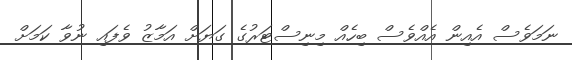
ނަމަވެސް އެއިން އެއްވެސް ބިހެއް މިނިސްޓަރުގެ ގަޔަށް އަމާޒު ވެފައި ނުވާ ކަމަށް